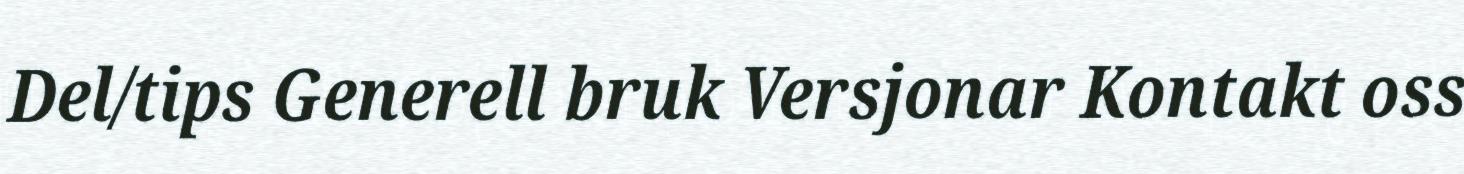
Del/tips Generell bruk Versjonar Kontakt oss